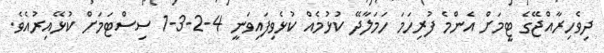
ދިވެހިރާއްޖޭގެ ޓީމަށް އެންމެ ފުރިހަމަ ހަމަލާދޭ ކުޅުމެއް ކުޅެވިފައިވަނީ 4-2-3-1 ސިސްޓަމަށް ކުޅޭއިރުއެވެ.